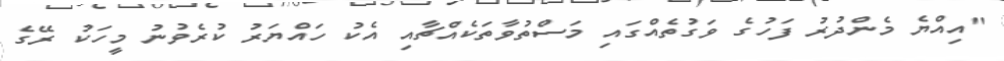
"އިއްޔެ މެންދުރު ފަހުގެ ވަގުތެއްގައި މަސްތުވާތަކެއްޗާއި އެކު ހައްޔަރު ކުރެވުނު މީހަކު ރޭގެ